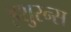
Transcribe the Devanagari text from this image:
इशुरन्स